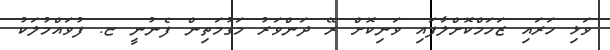
ވަޅި ހަރައި ޒަހަމްކޮށްލާފައި ވަނިކޮށް ރޭ ދަންވަރު މަގުމަތިން ފެނުނީ ޏ. ފުވައްމުލަކު